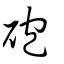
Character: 砲